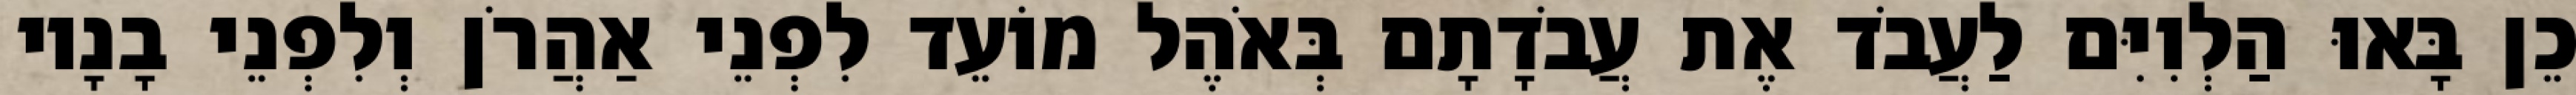
כֵן בָּאוּ הַלְוִיִּם לַעֲבֹד אֶת עֲבֹדָתָם בְּאֹהֶל מוֹעֵד לִפְנֵי אַהֲרֹן וְלִפְנֵי בָנָיו